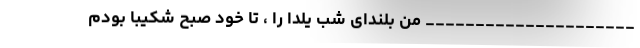
_____________________ من بلندای شب یلدا را ، تا خود صبح شکیبا بودم